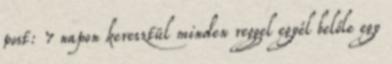
post: 7 napon keresztül minden reggel egyél belőle egy